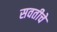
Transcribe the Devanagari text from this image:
सवतीचे